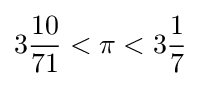
3{\frac {10}{71}}<\pi <3{\frac {1}{7}}